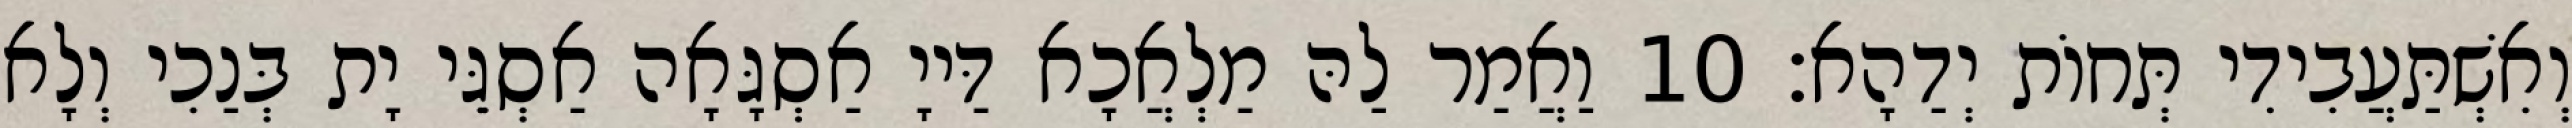
וְאִשְׁתַּעֲבִידִי תְּחוֹת יְדַהָא׃ 10 וַאֲמַר לַהּ מַלְאֲכָא דַּייָ אַסְגָּאָה אַסְגֵּי יָת בְּנַכִי וְלָא